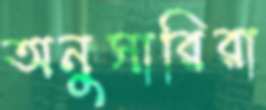
অনুসারিরা